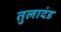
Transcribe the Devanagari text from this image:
तुलादंड